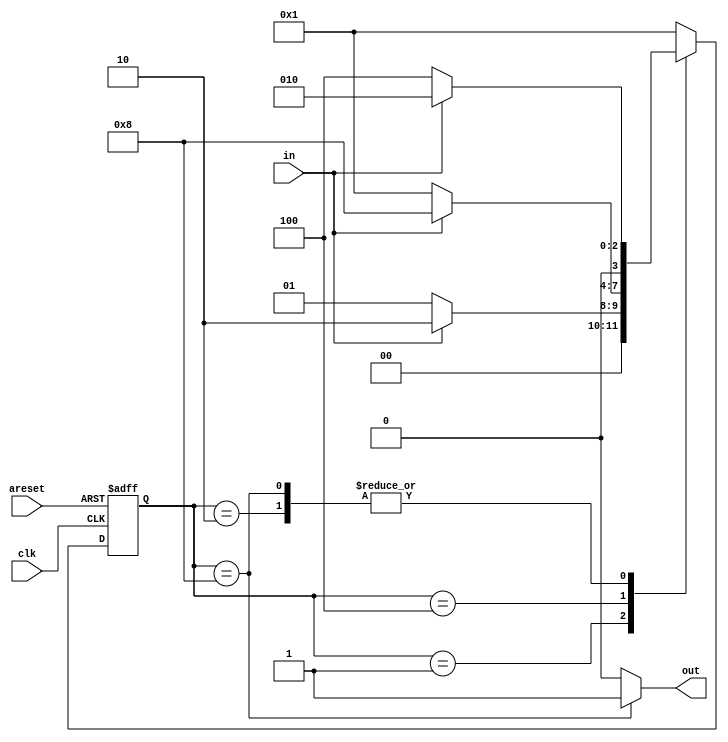
`timescale 1ns / 1ps
//////////////////////////////////////////////////////////////////////////////////
// Company: 
// Engineer: 
// 
// Design Name: 
// Module Name: Fsm3
// Project Name: 
// Target Devices: 
// Tool Versions: 
// Description: 
// 
// Dependencies: 
// 
// Revision:
// Revision 0.01 - File Created
// Additional Comments:
// 
//////////////////////////////////////////////////////////////////////////////////


module Fsm3(
	input      clk   ,
    input      in    ,
    input      areset,
    output reg out
    );
	
	parameter A=4'b0001;
	parameter B=4'b0010;
	parameter C=4'b0100;
	parameter D=4'b1000;
	
	reg [3:0] state;
	
	always@(posedge clk or posedge areset) begin
		if(areset) begin
			state<=A;
		end
		else begin
			case(state)
				A: if(in==1'b1) state<=B;
					else 		state<=A;
				B: if(in==1'b1) state<=B;
					else 		state<=C;
				C: if(in==1'b1) state<=D;
					else 		state<=A;
				D: if(in==1'b1) state<=B;
					else 		state<=C;		
				default state<=A;
			endcase	
		end
	end
	
	always@(*) begin
		if(state==D) out=1'b1;
		else 		 out=1'b0;
	end
	
	
	
endmodule